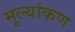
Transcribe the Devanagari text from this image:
मूल्यांकण